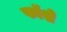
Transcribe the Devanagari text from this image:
फॉशे